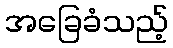
အခြေခံသည့်